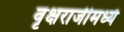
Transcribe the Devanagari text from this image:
वृक्षराजीमध्ये